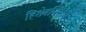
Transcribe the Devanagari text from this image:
हिशेबनिसाचे